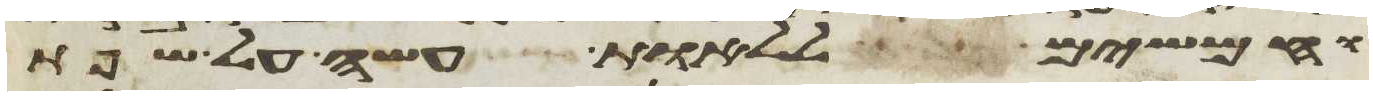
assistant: וחמשים ללאות עשה על שפת